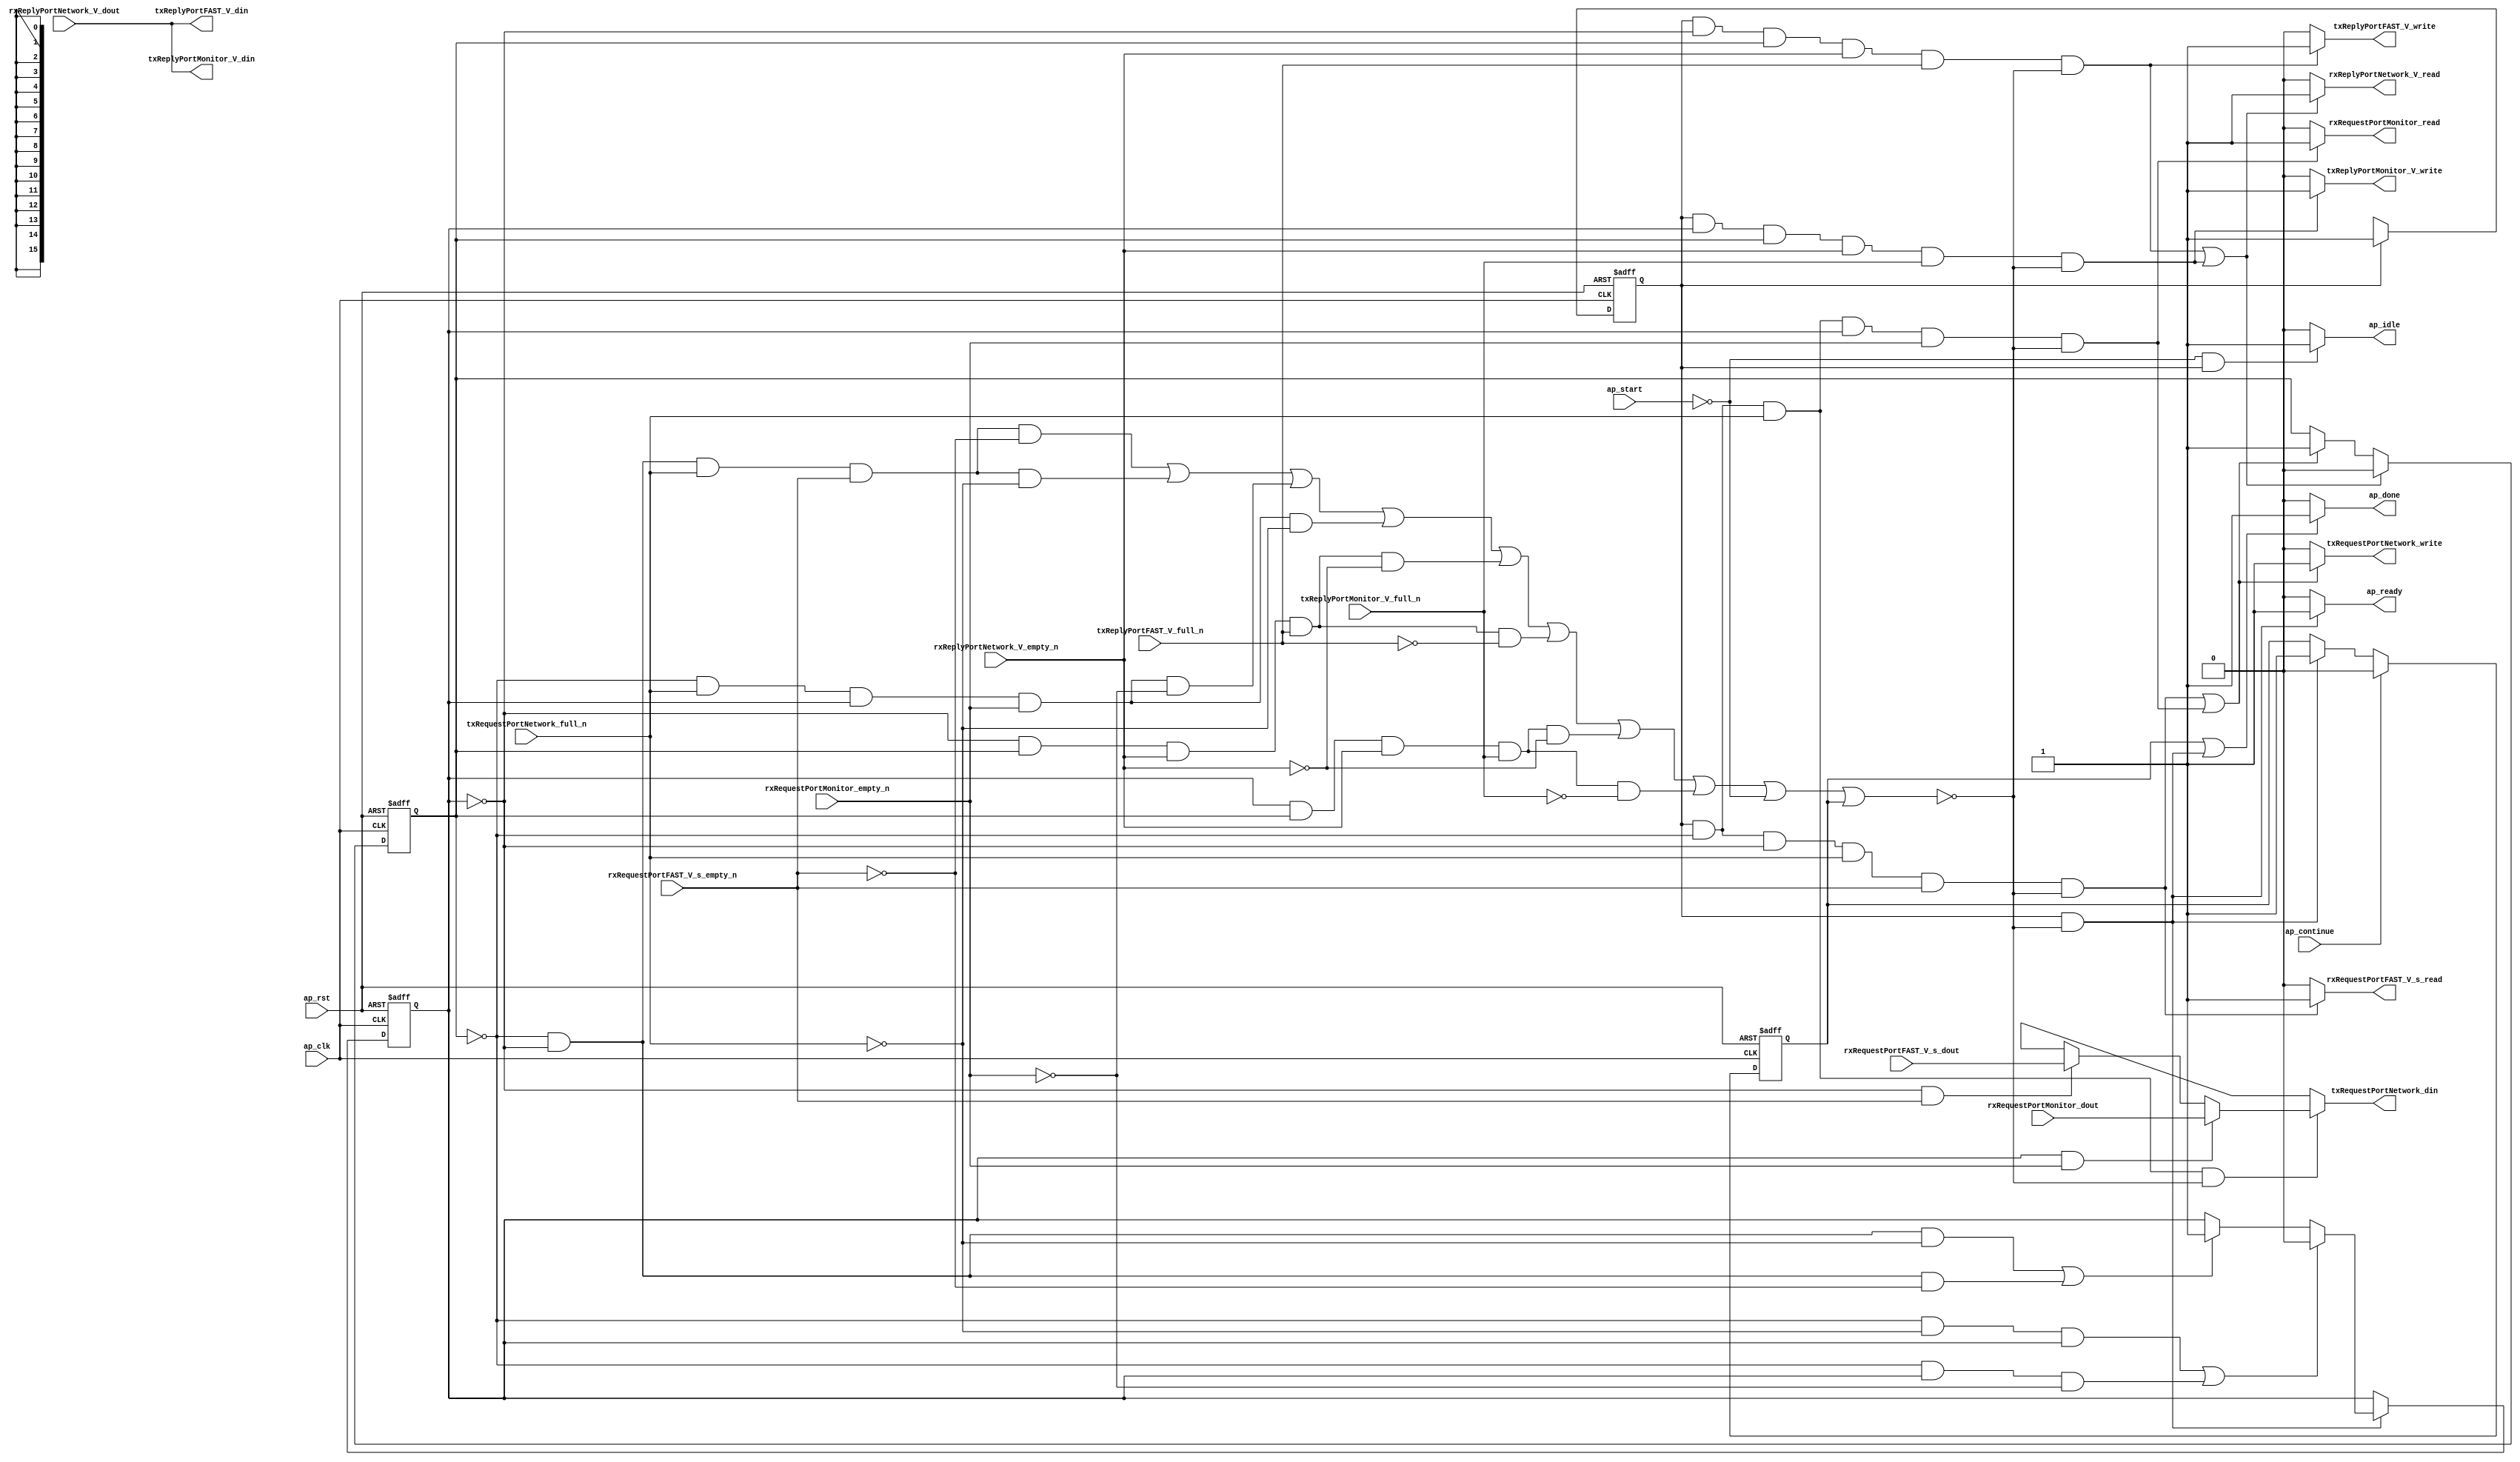
// ==============================================================
// RTL generated by Vivado(TM) HLS - High-Level Synthesis from C, C++ and SystemC
// Version: 2016.3
// Copyright (C) 1986-2016 Xilinx, Inc. All Rights Reserved.
// 
// ===========================================================

`timescale 1 ns / 1 ps 

module appMuxPortPath (
        ap_clk,
        ap_rst,
        ap_start,
        ap_done,
        ap_continue,
        ap_idle,
        ap_ready,
        txRequestPortNetwork_din,
        txRequestPortNetwork_full_n,
        txRequestPortNetwork_write,
        rxReplyPortNetwork_V_dout,
        rxReplyPortNetwork_V_empty_n,
        rxReplyPortNetwork_V_read,
        rxRequestPortFAST_V_s_dout,
        rxRequestPortFAST_V_s_empty_n,
        rxRequestPortFAST_V_s_read,
        txReplyPortFAST_V_din,
        txReplyPortFAST_V_full_n,
        txReplyPortFAST_V_write,
        rxRequestPortMonitor_dout,
        rxRequestPortMonitor_empty_n,
        rxRequestPortMonitor_read,
        txReplyPortMonitor_V_din,
        txReplyPortMonitor_V_full_n,
        txReplyPortMonitor_V_write
);

parameter    ap_ST_fsm_state1 = 1'b1;
parameter    ap_const_lv32_0 = 32'b00000000000000000000000000000000;

input   ap_clk;
input   ap_rst;
input   ap_start;
output   ap_done;
input   ap_continue;
output   ap_idle;
output   ap_ready;
output  [15:0] txRequestPortNetwork_din;
input   txRequestPortNetwork_full_n;
output   txRequestPortNetwork_write;
input   rxReplyPortNetwork_V_dout;
input   rxReplyPortNetwork_V_empty_n;
output   rxReplyPortNetwork_V_read;
input  [15:0] rxRequestPortFAST_V_s_dout;
input   rxRequestPortFAST_V_s_empty_n;
output   rxRequestPortFAST_V_s_read;
output   txReplyPortFAST_V_din;
input   txReplyPortFAST_V_full_n;
output   txReplyPortFAST_V_write;
input  [15:0] rxRequestPortMonitor_dout;
input   rxRequestPortMonitor_empty_n;
output   rxRequestPortMonitor_read;
output   txReplyPortMonitor_V_din;
input   txReplyPortMonitor_V_full_n;
output   txReplyPortMonitor_V_write;

reg ap_done;
reg ap_idle;
reg ap_ready;
reg[15:0] txRequestPortNetwork_din;
reg txRequestPortNetwork_write;
reg rxReplyPortNetwork_V_read;
reg rxRequestPortFAST_V_s_read;
reg txReplyPortFAST_V_write;
reg rxRequestPortMonitor_read;
reg txReplyPortMonitor_V_write;

reg    ap_done_reg;
(* fsm_encoding = "none" *) reg   [0:0] ap_CS_fsm;
wire   [0:0] ap_CS_fsm_state1;
reg   [0:0] shimStatePort;
reg   [0:0] rrport_V;
reg    txRequestPortNetwork_blk_n;
wire   [0:0] tmp_1_nbwritereq_fu_70_p3;
wire   [0:0] tmp_18_nbreadreq_fu_78_p3;
wire   [0:0] tmp_17_nbreadreq_fu_100_p3;
reg    rxReplyPortNetwork_V_blk_n;
wire   [0:0] tmp_nbreadreq_fu_115_p3;
wire   [0:0] tmp_16_nbwritereq_fu_123_p3;
wire   [0:0] tmp_15_nbwritereq_fu_145_p3;
reg    rxRequestPortFAST_V_s_blk_n;
reg    txReplyPortFAST_V_blk_n;
reg    rxRequestPortMonitor_blk_n;
reg    txReplyPortMonitor_V_blk_n;
reg    ap_condition_126;
reg   [0:0] ap_NS_fsm;
reg    ap_condition_148;
reg    ap_condition_152;
reg    ap_condition_172;

// power-on initialization
initial begin
#0 ap_done_reg = 1'b0;
#0 ap_CS_fsm = 1'b1;
#0 shimStatePort = 1'b0;
#0 rrport_V = 1'b0;
end

always @ (posedge ap_rst or posedge ap_clk) begin
    if (ap_rst == 1'b1) begin
        ap_CS_fsm <= ap_ST_fsm_state1;
    end else begin
        ap_CS_fsm <= ap_NS_fsm;
    end
end

always @ (posedge ap_rst or posedge ap_clk) begin
    if (ap_rst == 1'b1) begin
        ap_done_reg <= 1'b0;
    end else begin
        if ((1'b1 == ap_continue)) begin
            ap_done_reg <= 1'b0;
        end else if (((ap_CS_fsm_state1 == 1'b1) & ~(ap_condition_126 == 1'b1))) begin
            ap_done_reg <= 1'b1;
        end
    end
end

always @ (posedge ap_rst or posedge ap_clk) begin
    if (ap_rst == 1'b1) begin
        rrport_V <= 1'b0;
    end else begin
        if (((ap_CS_fsm_state1 == 1'b1) & ~(ap_condition_126 == 1'b1))) begin
            if ((ap_condition_152 == 1'b1)) begin
                rrport_V <= 1'b0;
            end else if ((ap_condition_148 == 1'b1)) begin
                rrport_V <= 1'b1;
            end
        end
    end
end

always @ (posedge ap_rst or posedge ap_clk) begin
    if (ap_rst == 1'b1) begin
        shimStatePort <= 1'b0;
    end else begin
        if ((((ap_CS_fsm_state1 == 1'b1) & (1'b0 == rrport_V) & ~(1'b0 == shimStatePort) & ~(1'b0 == tmp_nbreadreq_fu_115_p3) & ~(1'b0 == tmp_16_nbwritereq_fu_123_p3) & ~(ap_condition_126 == 1'b1)) | ((ap_CS_fsm_state1 == 1'b1) & ~(1'b0 == rrport_V) & ~(1'b0 == shimStatePort) & ~(1'b0 == tmp_nbreadreq_fu_115_p3) & ~(1'b0 == tmp_15_nbwritereq_fu_145_p3) & ~(ap_condition_126 == 1'b1)))) begin
            shimStatePort <= 1'b0;
        end else if ((((ap_CS_fsm_state1 == 1'b1) & (1'b0 == shimStatePort) & (1'b0 == rrport_V) & ~(1'b0 == tmp_1_nbwritereq_fu_70_p3) & ~(1'b0 == tmp_18_nbreadreq_fu_78_p3) & ~(ap_condition_126 == 1'b1)) | ((ap_CS_fsm_state1 == 1'b1) & (1'b0 == shimStatePort) & ~(1'b0 == tmp_1_nbwritereq_fu_70_p3) & ~(1'b0 == rrport_V) & ~(1'b0 == tmp_17_nbreadreq_fu_100_p3) & ~(ap_condition_126 == 1'b1)))) begin
            shimStatePort <= 1'b1;
        end
    end
end

always @ (*) begin
    if (((1'b1 == ap_done_reg) | ((ap_CS_fsm_state1 == 1'b1) & ~(ap_condition_126 == 1'b1)))) begin
        ap_done = 1'b1;
    end else begin
        ap_done = 1'b0;
    end
end

always @ (*) begin
    if (((1'b0 == ap_start) & (ap_CS_fsm_state1 == 1'b1))) begin
        ap_idle = 1'b1;
    end else begin
        ap_idle = 1'b0;
    end
end

always @ (*) begin
    if (((ap_CS_fsm_state1 == 1'b1) & ~(ap_condition_126 == 1'b1))) begin
        ap_ready = 1'b1;
    end else begin
        ap_ready = 1'b0;
    end
end

always @ (*) begin
    if ((((ap_CS_fsm_state1 == 1'b1) & (1'b0 == rrport_V) & ~(1'b0 == shimStatePort) & ~(1'b0 == tmp_nbreadreq_fu_115_p3) & ~(1'b0 == tmp_16_nbwritereq_fu_123_p3)) | ((ap_CS_fsm_state1 == 1'b1) & ~(1'b0 == rrport_V) & ~(1'b0 == shimStatePort) & ~(1'b0 == tmp_nbreadreq_fu_115_p3) & ~(1'b0 == tmp_15_nbwritereq_fu_145_p3)))) begin
        rxReplyPortNetwork_V_blk_n = rxReplyPortNetwork_V_empty_n;
    end else begin
        rxReplyPortNetwork_V_blk_n = 1'b1;
    end
end

always @ (*) begin
    if ((((ap_CS_fsm_state1 == 1'b1) & (1'b0 == rrport_V) & ~(1'b0 == shimStatePort) & ~(1'b0 == tmp_nbreadreq_fu_115_p3) & ~(1'b0 == tmp_16_nbwritereq_fu_123_p3) & ~(ap_condition_126 == 1'b1)) | ((ap_CS_fsm_state1 == 1'b1) & ~(1'b0 == rrport_V) & ~(1'b0 == shimStatePort) & ~(1'b0 == tmp_nbreadreq_fu_115_p3) & ~(1'b0 == tmp_15_nbwritereq_fu_145_p3) & ~(ap_condition_126 == 1'b1)))) begin
        rxReplyPortNetwork_V_read = 1'b1;
    end else begin
        rxReplyPortNetwork_V_read = 1'b0;
    end
end

always @ (*) begin
    if (((ap_CS_fsm_state1 == 1'b1) & (1'b0 == shimStatePort) & (1'b0 == rrport_V) & ~(1'b0 == tmp_1_nbwritereq_fu_70_p3) & ~(1'b0 == tmp_18_nbreadreq_fu_78_p3))) begin
        rxRequestPortFAST_V_s_blk_n = rxRequestPortFAST_V_s_empty_n;
    end else begin
        rxRequestPortFAST_V_s_blk_n = 1'b1;
    end
end

always @ (*) begin
    if (((ap_CS_fsm_state1 == 1'b1) & (1'b0 == shimStatePort) & (1'b0 == rrport_V) & ~(1'b0 == tmp_1_nbwritereq_fu_70_p3) & ~(1'b0 == tmp_18_nbreadreq_fu_78_p3) & ~(ap_condition_126 == 1'b1))) begin
        rxRequestPortFAST_V_s_read = 1'b1;
    end else begin
        rxRequestPortFAST_V_s_read = 1'b0;
    end
end

always @ (*) begin
    if (((ap_CS_fsm_state1 == 1'b1) & (1'b0 == shimStatePort) & ~(1'b0 == tmp_1_nbwritereq_fu_70_p3) & ~(1'b0 == rrport_V) & ~(1'b0 == tmp_17_nbreadreq_fu_100_p3))) begin
        rxRequestPortMonitor_blk_n = rxRequestPortMonitor_empty_n;
    end else begin
        rxRequestPortMonitor_blk_n = 1'b1;
    end
end

always @ (*) begin
    if (((ap_CS_fsm_state1 == 1'b1) & (1'b0 == shimStatePort) & ~(1'b0 == tmp_1_nbwritereq_fu_70_p3) & ~(1'b0 == rrport_V) & ~(1'b0 == tmp_17_nbreadreq_fu_100_p3) & ~(ap_condition_126 == 1'b1))) begin
        rxRequestPortMonitor_read = 1'b1;
    end else begin
        rxRequestPortMonitor_read = 1'b0;
    end
end

always @ (*) begin
    if (((ap_CS_fsm_state1 == 1'b1) & (1'b0 == rrport_V) & ~(1'b0 == shimStatePort) & ~(1'b0 == tmp_nbreadreq_fu_115_p3) & ~(1'b0 == tmp_16_nbwritereq_fu_123_p3))) begin
        txReplyPortFAST_V_blk_n = txReplyPortFAST_V_full_n;
    end else begin
        txReplyPortFAST_V_blk_n = 1'b1;
    end
end

always @ (*) begin
    if (((ap_CS_fsm_state1 == 1'b1) & (1'b0 == rrport_V) & ~(1'b0 == shimStatePort) & ~(1'b0 == tmp_nbreadreq_fu_115_p3) & ~(1'b0 == tmp_16_nbwritereq_fu_123_p3) & ~(ap_condition_126 == 1'b1))) begin
        txReplyPortFAST_V_write = 1'b1;
    end else begin
        txReplyPortFAST_V_write = 1'b0;
    end
end

always @ (*) begin
    if (((ap_CS_fsm_state1 == 1'b1) & ~(1'b0 == rrport_V) & ~(1'b0 == shimStatePort) & ~(1'b0 == tmp_nbreadreq_fu_115_p3) & ~(1'b0 == tmp_15_nbwritereq_fu_145_p3))) begin
        txReplyPortMonitor_V_blk_n = txReplyPortMonitor_V_full_n;
    end else begin
        txReplyPortMonitor_V_blk_n = 1'b1;
    end
end

always @ (*) begin
    if (((ap_CS_fsm_state1 == 1'b1) & ~(1'b0 == rrport_V) & ~(1'b0 == shimStatePort) & ~(1'b0 == tmp_nbreadreq_fu_115_p3) & ~(1'b0 == tmp_15_nbwritereq_fu_145_p3) & ~(ap_condition_126 == 1'b1))) begin
        txReplyPortMonitor_V_write = 1'b1;
    end else begin
        txReplyPortMonitor_V_write = 1'b0;
    end
end

always @ (*) begin
    if ((((ap_CS_fsm_state1 == 1'b1) & (1'b0 == shimStatePort) & (1'b0 == rrport_V) & ~(1'b0 == tmp_1_nbwritereq_fu_70_p3) & ~(1'b0 == tmp_18_nbreadreq_fu_78_p3)) | ((ap_CS_fsm_state1 == 1'b1) & (1'b0 == shimStatePort) & ~(1'b0 == tmp_1_nbwritereq_fu_70_p3) & ~(1'b0 == rrport_V) & ~(1'b0 == tmp_17_nbreadreq_fu_100_p3)))) begin
        txRequestPortNetwork_blk_n = txRequestPortNetwork_full_n;
    end else begin
        txRequestPortNetwork_blk_n = 1'b1;
    end
end

always @ (*) begin
    if ((ap_condition_172 == 1'b1)) begin
        if ((~(1'b0 == rrport_V) & ~(1'b0 == tmp_17_nbreadreq_fu_100_p3))) begin
            txRequestPortNetwork_din = rxRequestPortMonitor_dout;
        end else if (((1'b0 == rrport_V) & ~(1'b0 == tmp_18_nbreadreq_fu_78_p3))) begin
            txRequestPortNetwork_din = rxRequestPortFAST_V_s_dout;
        end else begin
            txRequestPortNetwork_din = 'bx;
        end
    end else begin
        txRequestPortNetwork_din = 'bx;
    end
end

always @ (*) begin
    if ((((ap_CS_fsm_state1 == 1'b1) & (1'b0 == shimStatePort) & (1'b0 == rrport_V) & ~(1'b0 == tmp_1_nbwritereq_fu_70_p3) & ~(1'b0 == tmp_18_nbreadreq_fu_78_p3) & ~(ap_condition_126 == 1'b1)) | ((ap_CS_fsm_state1 == 1'b1) & (1'b0 == shimStatePort) & ~(1'b0 == tmp_1_nbwritereq_fu_70_p3) & ~(1'b0 == rrport_V) & ~(1'b0 == tmp_17_nbreadreq_fu_100_p3) & ~(ap_condition_126 == 1'b1)))) begin
        txRequestPortNetwork_write = 1'b1;
    end else begin
        txRequestPortNetwork_write = 1'b0;
    end
end

always @ (*) begin
    case (ap_CS_fsm)
        ap_ST_fsm_state1 : begin
            ap_NS_fsm = ap_ST_fsm_state1;
        end
        default : begin
            ap_NS_fsm = 'bx;
        end
    endcase
end

assign ap_CS_fsm_state1 = ap_CS_fsm[ap_const_lv32_0];

always @ (*) begin
    ap_condition_126 = (((1'b0 == shimStatePort) & (1'b0 == rrport_V) & ~(1'b0 == tmp_1_nbwritereq_fu_70_p3) & ~(1'b0 == tmp_18_nbreadreq_fu_78_p3) & (rxRequestPortFAST_V_s_empty_n == 1'b0)) | ((1'b0 == shimStatePort) & (1'b0 == rrport_V) & ~(1'b0 == tmp_1_nbwritereq_fu_70_p3) & ~(1'b0 == tmp_18_nbreadreq_fu_78_p3) & (txRequestPortNetwork_full_n == 1'b0)) | ((1'b0 == shimStatePort) & ~(1'b0 == tmp_1_nbwritereq_fu_70_p3) & ~(1'b0 == rrport_V) & ~(1'b0 == tmp_17_nbreadreq_fu_100_p3) & (rxRequestPortMonitor_empty_n == 1'b0)) | ((1'b0 == shimStatePort) & ~(1'b0 == tmp_1_nbwritereq_fu_70_p3) & ~(1'b0 == rrport_V) & ~(1'b0 == tmp_17_nbreadreq_fu_100_p3) & (txRequestPortNetwork_full_n == 1'b0)) | ((1'b0 == rrport_V) & ~(1'b0 == shimStatePort) & ~(1'b0 == tmp_nbreadreq_fu_115_p3) & ~(1'b0 == tmp_16_nbwritereq_fu_123_p3) & (rxReplyPortNetwork_V_empty_n == 1'b0)) | ((1'b0 == rrport_V) & ~(1'b0 == shimStatePort) & ~(1'b0 == tmp_nbreadreq_fu_115_p3) & ~(1'b0 == tmp_16_nbwritereq_fu_123_p3) & (txReplyPortFAST_V_full_n == 1'b0)) | (~(1'b0 == rrport_V) & ~(1'b0 == shimStatePort) & ~(1'b0 == tmp_nbreadreq_fu_115_p3) & ~(1'b0 == tmp_15_nbwritereq_fu_145_p3) & (rxReplyPortNetwork_V_empty_n == 1'b0)) | (~(1'b0 == rrport_V) & ~(1'b0 == shimStatePort) & ~(1'b0 == tmp_nbreadreq_fu_115_p3) & ~(1'b0 == tmp_15_nbwritereq_fu_145_p3) & (txReplyPortMonitor_V_full_n == 1'b0)) | (ap_start == 1'b0) | (ap_done_reg == 1'b1));
end

always @ (*) begin
    ap_condition_148 = (((1'b0 == shimStatePort) & (1'b0 == rrport_V) & (1'b0 == tmp_1_nbwritereq_fu_70_p3)) | ((1'b0 == shimStatePort) & (1'b0 == rrport_V) & (1'b0 == tmp_18_nbreadreq_fu_78_p3)));
end

always @ (*) begin
    ap_condition_152 = (((1'b0 == shimStatePort) & (1'b0 == tmp_1_nbwritereq_fu_70_p3) & ~(1'b0 == rrport_V)) | ((1'b0 == shimStatePort) & ~(1'b0 == rrport_V) & (1'b0 == tmp_17_nbreadreq_fu_100_p3)));
end

always @ (*) begin
    ap_condition_172 = ((ap_CS_fsm_state1 == 1'b1) & (1'b0 == shimStatePort) & ~(1'b0 == tmp_1_nbwritereq_fu_70_p3) & ~(ap_condition_126 == 1'b1));
end

assign tmp_15_nbwritereq_fu_145_p3 = txReplyPortMonitor_V_full_n;

assign tmp_16_nbwritereq_fu_123_p3 = txReplyPortFAST_V_full_n;

assign tmp_17_nbreadreq_fu_100_p3 = rxRequestPortMonitor_empty_n;

assign tmp_18_nbreadreq_fu_78_p3 = rxRequestPortFAST_V_s_empty_n;

assign tmp_1_nbwritereq_fu_70_p3 = txRequestPortNetwork_full_n;

assign tmp_nbreadreq_fu_115_p3 = rxReplyPortNetwork_V_empty_n;

assign txReplyPortFAST_V_din = rxReplyPortNetwork_V_dout;

assign txReplyPortMonitor_V_din = rxReplyPortNetwork_V_dout;

endmodule //appMuxPortPath